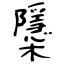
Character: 櫽